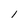
Character: 1